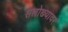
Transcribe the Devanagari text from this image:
सलोख्यावर